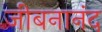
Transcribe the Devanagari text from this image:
जीबनानंद